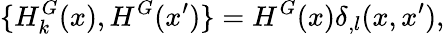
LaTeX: {}\{ H_{k}^{G}(x),H^{G}(x^{\prime})\} =H^{G}(x){\delta}_{,l}(x,x^{\prime}),